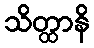
သိတ္ထာနိ